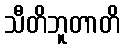
သီတိဘူတာတိ